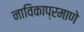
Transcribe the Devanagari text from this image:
नाविकाप्रमाणे